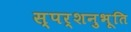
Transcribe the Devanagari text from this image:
स्पर्शनुभूति